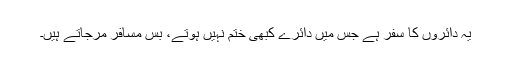
یہ دائروں کا سفر ہے جس میں دائرے کبھی ختم نہیں ہوتے، بس مسافر مرجاتے ہیں۔